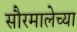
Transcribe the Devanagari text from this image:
सौरमालेच्या